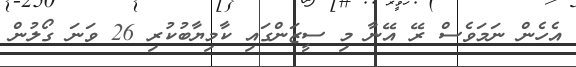
އެހެން ނަމަވެސް ރޭ އޭނާ މި ސީޒަންގައި ކާމިޔާބުކުރި 26 ވަނަ ގޯލުން